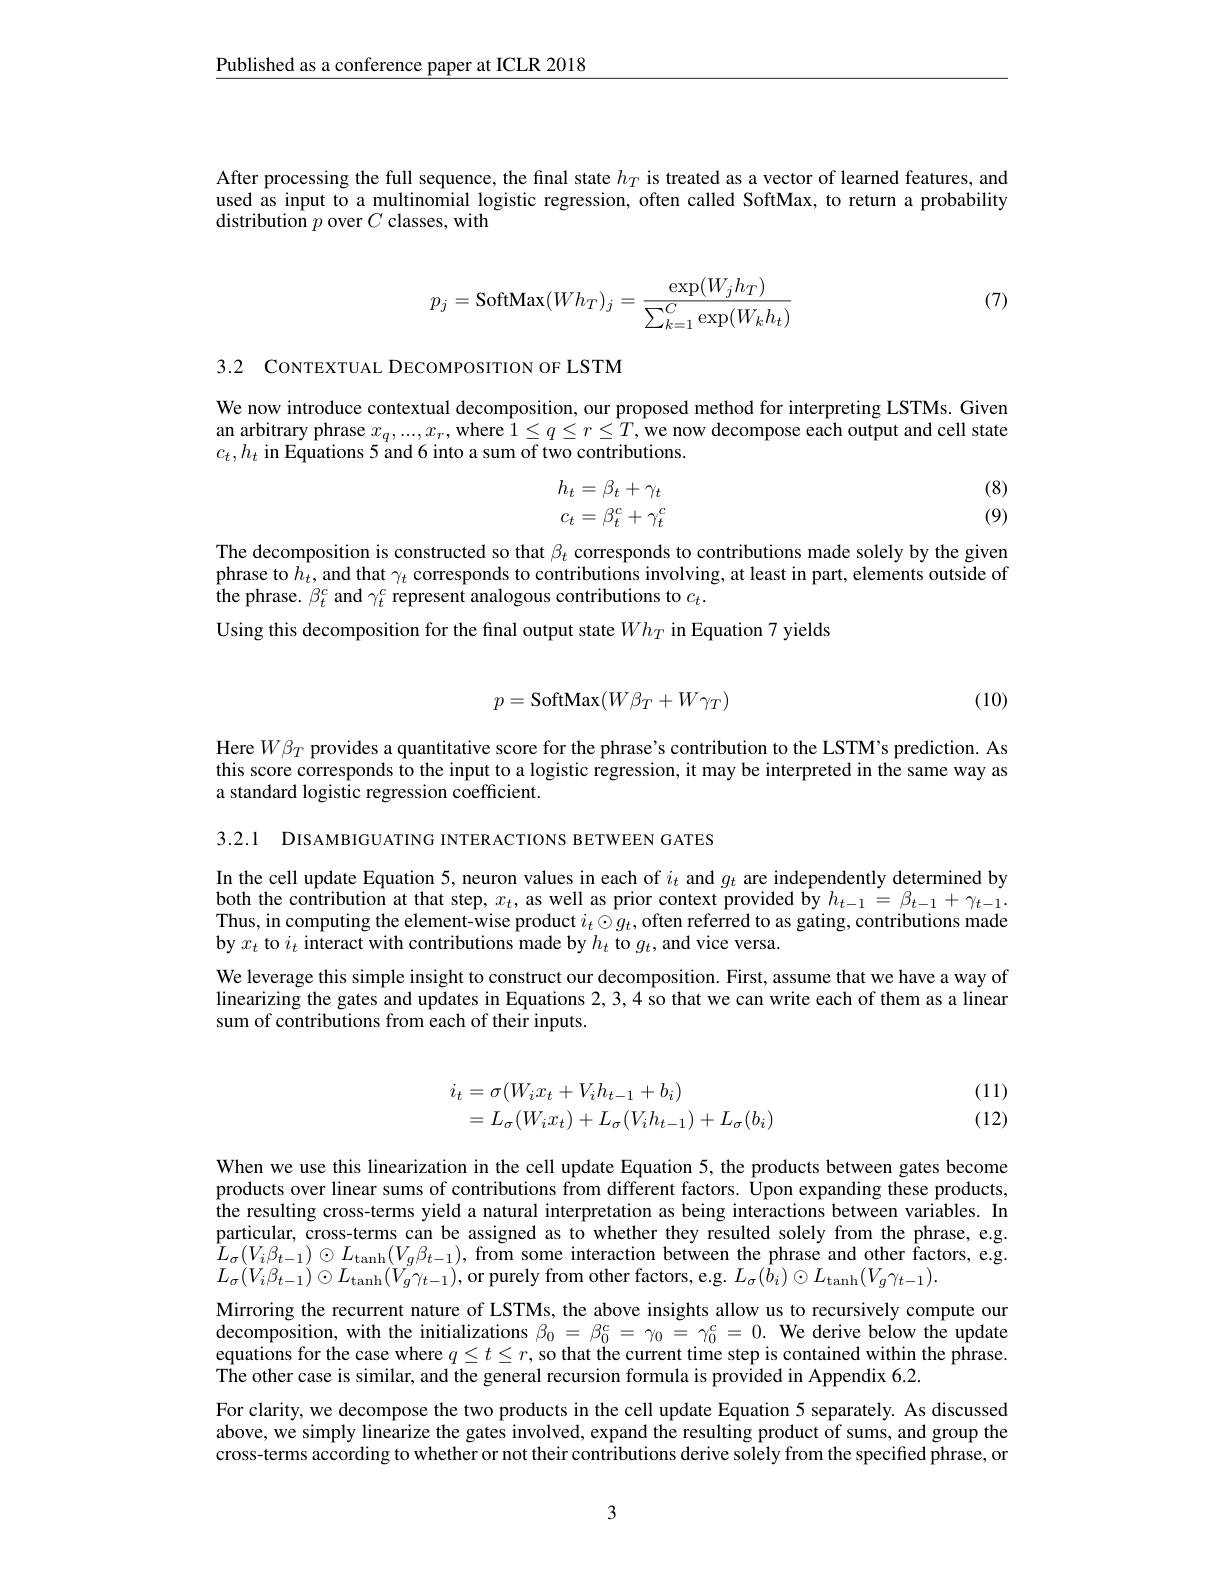
$\underline{\text{Published as a conference paper at ICLR 2018}}$

After processing the full sequence, the final state $h_T$ is treated as a vector of learned features, and used as input to a multinomial logistic regression, often called SoftMax, to return a probability distribution $p$ over $C$ classes, with

(7)
$$p_{j}=\mathrm{SoftMax}(Wh_{T})_{j}=\frac{\exp(W_{j}h_{T})}{\sum_{k=1}^{C}\exp(W_{k}h_{t})}$$
3.2 CONTEXTUAL DECOMPOSITION OF LSTM

We now introduce contextual decomposition, our proposed method for interpreting LSTMs. Given an arbitrary phrase $x_q,...,x_r$, where $1\leq q\leq r\leq T$, we now decompose each output and cell state $c_{t},h_{t}$ in Equations 5 and 6 into a sum of two contributions.
$$h_t=\beta_t+\gamma_t$$
$$c_t=\beta_t^c+\gamma_t^c$$
(8) (9)

The decomposition is constructed so that $\beta_t$ corresponds to contributions made solely by the given phrase to $h_t$, and that $\gamma_t$ corresponds to contributions involving, at least in part, elements outside of the phrase. $\beta_t^c$ and $\gamma_t^c$ represent analogous contributions to $c_t.$
Using this decomposition for the final output state $Wh_T$ in Equation 7 yields
$$p=\text{SoftMax}(W\beta_T+W\gamma_T)$$
(10)

Here $W\beta_{T}$ provides a quantitative score for the phrase's contribution to the LSTM's prediction. As this score corresponds to the input to a logistic regression, it may be interpreted in the same way as a standard logistic regression coefficient.

3.2.1 DISAMBIGUATING INTERACTIONS BETWEEN GATES

In the cell update Equation 5, neuron values in each of $i_t$ and $g_t$ are independently determined by both the contribution at that step, $x_t$, as well as prior context provided by $h_{t-1}=\beta_{t-1}+\gamma_{t-1}.$ Thus, in computing the element-wise product $i_t\odot g_t$, often referred to as gating, contributions made by $x_t$ to $i_t$ interact with contributions made by $h_t$ to $g_t$,and vice versa.
We leverage this simple insight to construct our decomposition. First, assume that we have a way of linearizing the gates and updates in Equations 2,3,4 so that we can write each of them as a linear sum of contributions from each of their inputs.

(11) (12)
$$\begin{array}{l}i_t=\sigma(W_ix_t+V_ih_{t-1}+b_i)\\=L_\sigma(W_ix_t)+L_\sigma(V_ih_{t-1})+L_\sigma(b_i)\end{array}$$
When we use this linearization in the cell update Equation 5, the products between gates become products over linear sums of contributions from different factors. Upon expanding these products, the resulting cross-terms yield a natural interpretation as being interactions between variables. In particular, cross-terms can be assigned as to whether they resulted solely from the phrase, e.g. $\begin{array}{l}{L_{\sigma}(V_{i}\beta_{t-1})\odot L_{\tanh}(V_{g}\beta_{t-1}),\text{from some interaction between the phrase and other factors, e.g.}}\\{L_{\sigma}(V_{i}\beta_{t-1})\odot L_{\tanh}(V_{g}\beta_{t-1}),\text{from some interaction between the phrase and other fa}}\\{L_{\sigma}(V_{i}\beta_{t-1})\odot I_{\min}(V_{g}\beta_{t-1}),\text{}}\end{array}$ $L_{\sigma}(V_{i}\beta_{t-1})\odot L_{\tanh}(V_{g}\gamma_{t-1})$,or purely from other factors, e.g. $L_\sigma(\hat{b}_{i})\odot L_{\tanh}(V_{g}\gamma_{t-1}).$
Mirroring the recurrent nature of LSTMs, the above insights allow us to recursively compute our decomposition, with the initializations $\beta_0=\beta_0^c=\gamma_0=\gamma_0^c=0.$ We derive below the update equations for the case where $q\leq t\leq r$, so that the current time step is contained within the phrase. The other case is similar, and the general recursion formula is provided in Appendix 6.2.
For clarity, we decompose the two products in the cell update Equation 5 separately. As discussed above, we simply linearize the gates involved, expand the resulting product of sums, and group the cross-terms according to whether or not their contributions derive solely from the specified phrase, or

3